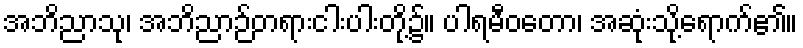
အဘိညာသု၊ အဘိညာဉ်တရားငါးပါးတို့၌။ ပါရမီဝတော၊ အဆုံးသို့ရောက်၏။